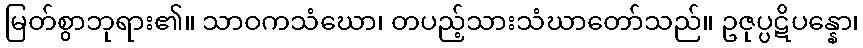
မြတ်စွာဘုရား၏။ သာဝကသံဃော၊ တပည့်သားသံဃာတော်သည်။ ဥဇုပ္ပဋိပန္နော၊